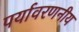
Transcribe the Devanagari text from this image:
पर्यावरणनीय